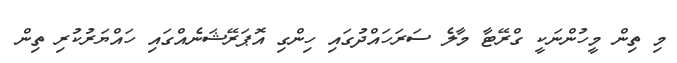
މި ތިން މީހުންނަކީ ގްރޭޓާ މާލެ ސަރަހައްދުގައި ހިންގި އޮޕަރޭޝަނެއްގައި ހައްޔަރުކުރި ތިން